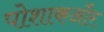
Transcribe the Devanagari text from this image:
पोशाकऔर